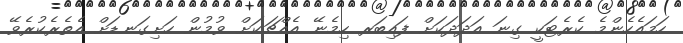
ހަމައެހެންމެ ކެރެޓަކީ ގިނަ އަދަދަކަށް ފައިބަރ ހިމެނޭ އެއްޗަކަށް ވުމުން ހަށިގަނޑަށް އެތެރެކުރެވޭ